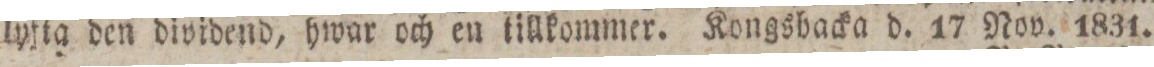
lyfta den dividend, hwar och en tillkommer. Kongsbacka d. 17 Nov. 1831.